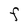
Character: F